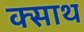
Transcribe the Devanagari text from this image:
क्साथ